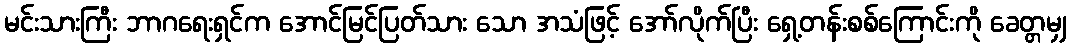
မင်းသားကြီး ဘာဂရေးရှင်က အောင်မြင်ပြတ်သား သော အသံဖြင့် အော်လိုက်ပြီး ရှေ့တန်းစစ်ကြောင်းကို ခေတ္တမျှ